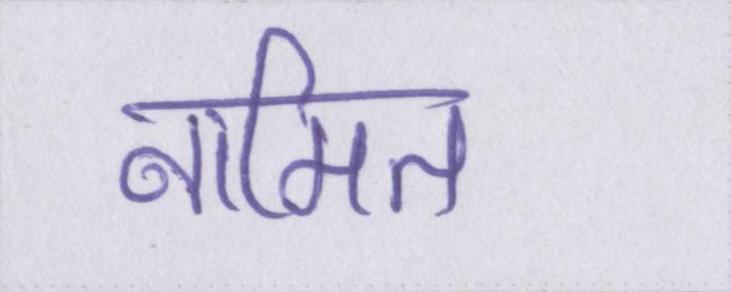
नामित